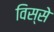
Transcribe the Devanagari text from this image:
विस्से